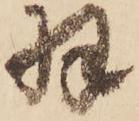
羽